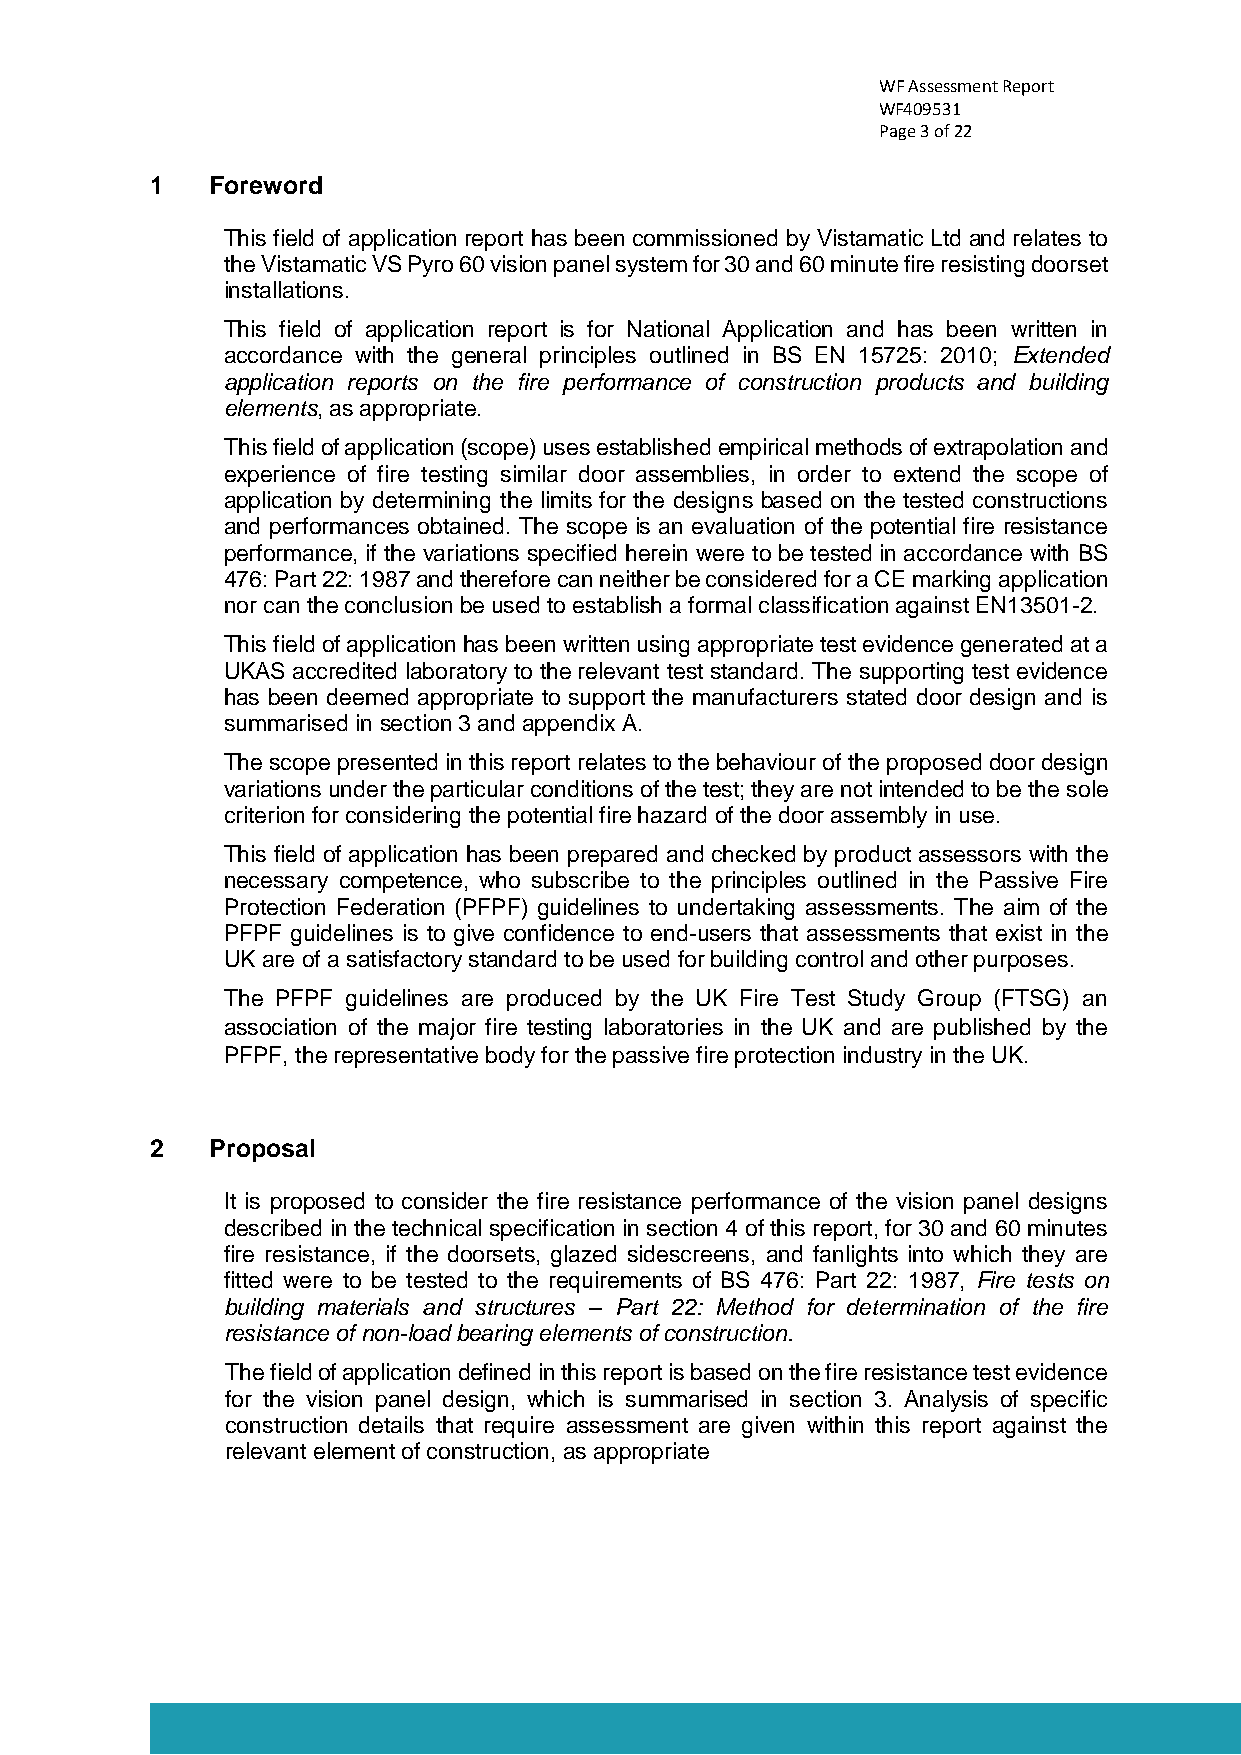
WF Assessment Report
 WF409531
 Page 3 of 22
 1   Foreword
 This field of application report has been commissioned by Vistamatic Ltd and relates to
 the Vistamatic VS Pyro 60 vision panel system for 30 and 60 minute fire resisting doorset
 installations.
 This field of application report is for National Application and has been written in
 accordance with the general principles outlined in BS EN 15725: 2010; Extended
 application reports on the fire performance of construction products and building
 elements, as appropriate.
 This field of application (scope) uses established empirical methods of extrapolation and
 experience of fire testing similar door assemblies, in order to extend the scope of
 application by determining the limits for the designs based on the tested constructions
 and performances obtained. The scope is an evaluation of the potential fire resistance
 performance, if the variations specified herein were to be tested in accordance with BS
 476: Part 22: 1987 and therefore can neither be considered for a CE marking application
 nor can the conclusion be used to establish a formal classification against EN13501-2.
 This field of application has been written using appropriate test evidence generated at a
 UKAS accredited laboratory to the relevant test standard. The supporting test evidence
 has been deemed appropriate to support the manufacturers stated door design and is
 summarised in section 3 and appendix A.
 The scope presented in this report relates to the behaviour of the proposed door design
 variations under the particular conditions of the test; they are not intended to be the sole
 criterion for considering the potential fire hazard of the door assembly in use.
 This field of application has been prepared and checked by product assessors with the
 necessary competence, who subscribe to the principles outlined in the Passive Fire
 Protection Federation (PFPF) guidelines to undertaking assessments. The aim of the
 PFPF guidelines is to give confidence to end-users that assessments that exist in the
 UK are of a satisfactory standard to be used for building control and other purposes.
 The PFPF guidelines are produced by the UK Fire Test Study Group (FTSG) an
 association of the major fire testing laboratories in the UK and are published by the
 PFPF, the representative body for the passive fire protection industry in the UK.
 2   Proposal
 It is proposed to consider the fire resistance performance of the vision panel designs
 described in the technical specification in section 4 of this report, for 30 and 60 minutes
 fire resistance, if the doorsets, glazed sidescreens, and fanlights into which they are
 fitted were to be tested to the requirements of BS 476: Part 22: 1987, Fire tests on
 building materials and structures – Part 22: Method for determination of the fire
 resistance of non-load bearing elements of construction.
 The field of application defined in this report is based on the fire resistance test evidence
 for the vision panel design, which is summarised in section 3. Analysis of specific
 construction details that require assessment are given within this report against the
 relevant element of construction, as appropriate